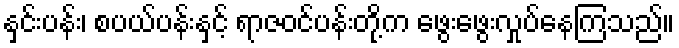
နှင်းပန်း၊ စပယ်ပန်းနှင့် ရာဇဝင်ပန်းတို့က ဖွေးဖွေးလှုပ်နေကြသည်။